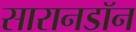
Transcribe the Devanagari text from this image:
सारानडॉन